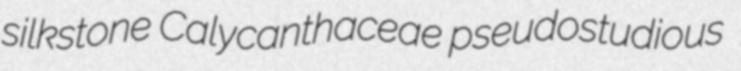
silkstone Calycanthaceae pseudostudious